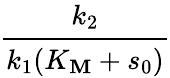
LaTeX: \cfrac{k_{2}}{k_{1}(K_{\mathbf{M}}+s_{0})}